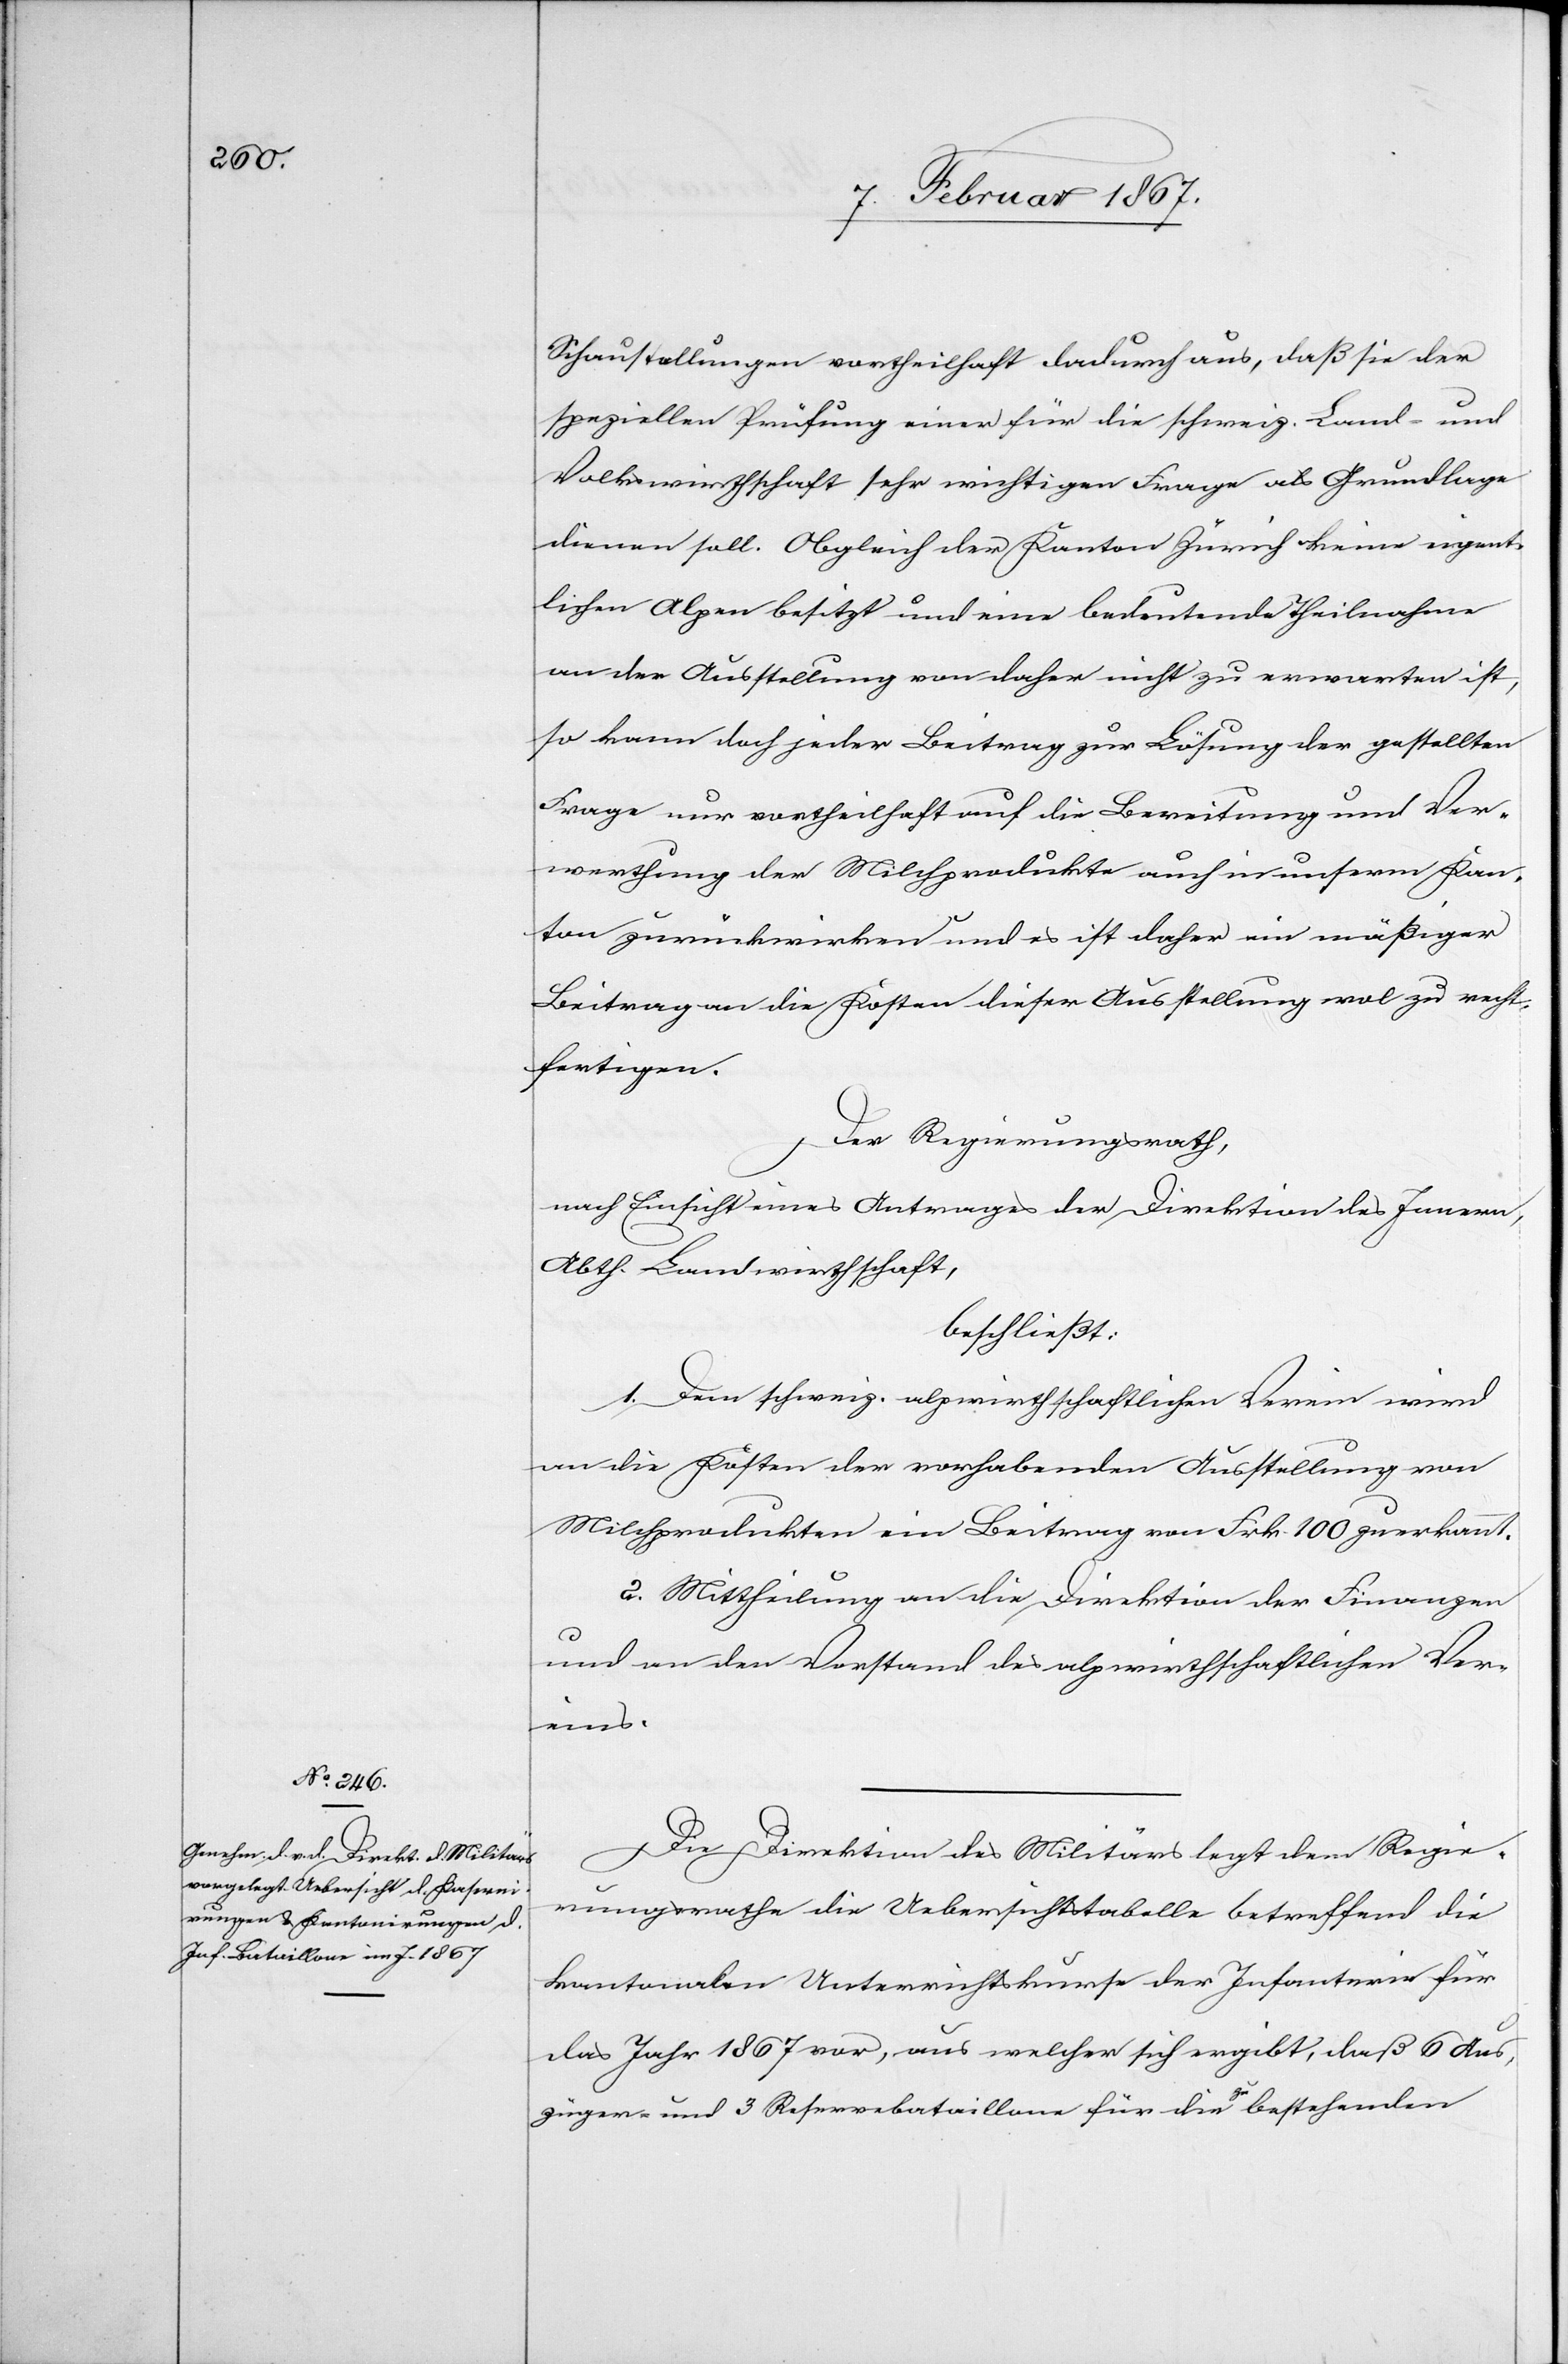
Schaustellungen vortheilhaft dadurch aus, daß sie der
speziellen Prüfung einer für die schweiz. Land- und
Volkswirthschaft sehr wichtigen Frage als Grundlage
dienen soll. Obgleich der Kanton Zürich keine eigent¬
lichen Alpen besitzt und eine bedeutende Theilnahme
an der Ausstellung von daher nicht zu erwarten ist,
so kann doch jeder Beitrag zur Lösung der gestellten
Frage nur vortheilhaft auf die Bereitung und Ver¬
werthung der Milchprodukte auch in unserm Kan¬
ton zurückwirken und es ist daher ein mäßiger
Beitrag an die Kosten dieser Ausstellung wol zu recht¬
fertigen.
Der Regierungsrath,
nach Einsicht eines Antrages der Direktion des Innern,
Abth. Landwirthschaft,
beschließt:
1. Dem schweiz. alpwirthschaftlichen Verein wird
an die Kosten der vorhabenden Ausstellung von
Milchprodukten ein Beitrag von Frk. 100 zuerkannt.
2. Mittheilung an die Direktion der Finanzen
und an den Vorstand des alpwirthschaftlichen Ver¬
eins.
Die Direktion des Militärs legt dem Regie¬
rungsrathe die Uebersichtstabelle betreffend die
kantonalen Unterrichtskurse der Infanterie für
das Jahr 1867 vor, aus welcher sich ergibt, daß 6 Aus¬
züger- und 3 Reservebataillone für die zu bestehenden